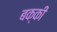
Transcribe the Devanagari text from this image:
बक्की